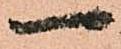
一